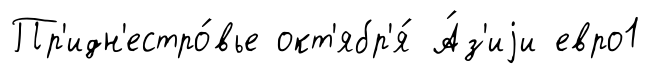
Пр'идн'естро́вье окт'ябр'я́ А́з'иjи евро1